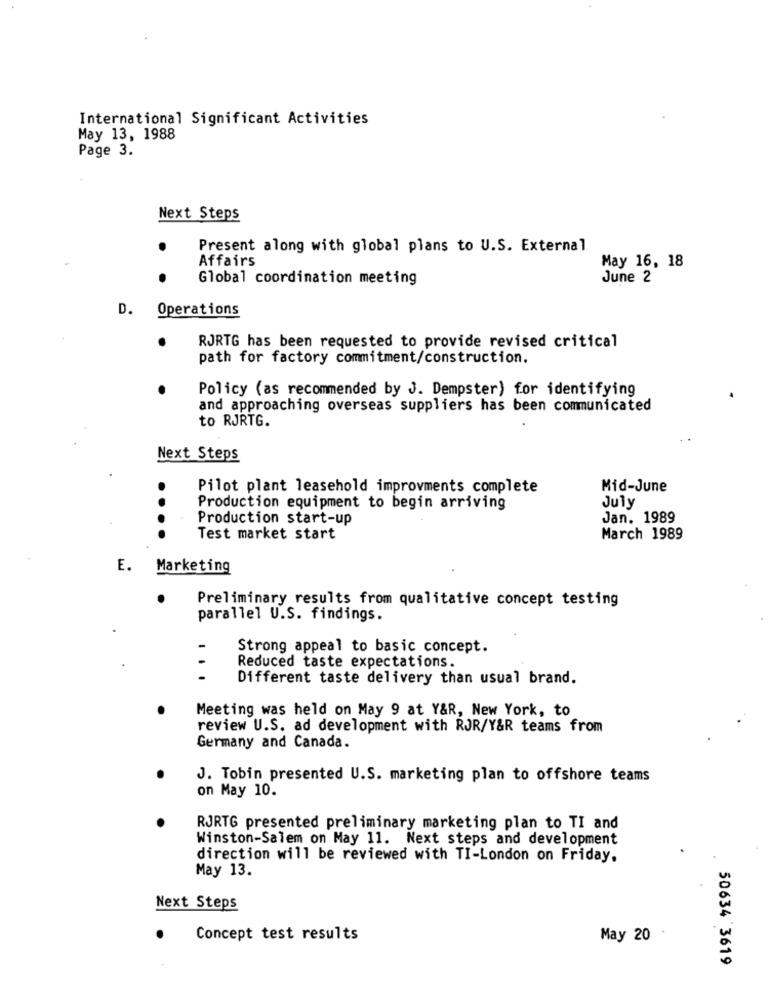
International Significant Activities
May 13, 1988
Page 3.
Next Steps
.
Present along with global plans to U.S. External
Affairs
May 16, 18
Global coordination meeting
June 2
D.
Operations
RJRTG has been requested to provide revised critical
path for factory commitment/construction.
Policy (as recommended by J. Dempster) for identifying
and approaching overseas suppliers has been communicated
to RJRTG.
Next Steps
Pilot plant leasehold improvments complete
Mid-June
..
Production equipment to begin arriving
July
Production start-up
Jan. 1989
Test market start
March 1989
E. Marketing
Preliminary results from qualitative concept testing
parallel U.S. findings.
Strong appeal to basic concept.
Reduced taste expectations.
Different taste delivery than usual brand.
Meeting was held on May 9 at Y&R, New York, to
review U.S. ad development with RJR/Y&R teams from
Germany and Canada.
J. Tobin presented U.S. marketing plan to offshore teams
on May 10.
RJRTG presented preliminary marketing plan to TI and
Winston-Salem on May 11. Next steps and development
direction will be reviewed with TI-London on Friday,
May 13.
Next Steps
Concept test results
May 20
50634 3619